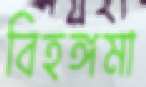
বিহঙ্গমা